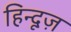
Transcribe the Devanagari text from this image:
हिन्दूज़